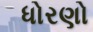
ધોરણો